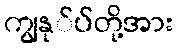
ကျွနု်ပ်တို့အား